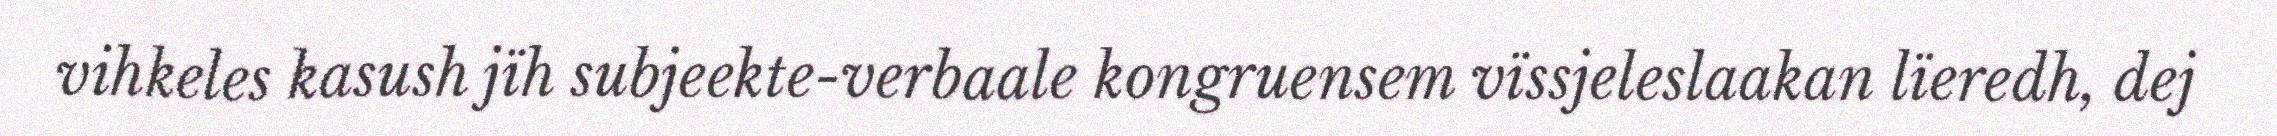
vihkeles kasush jïh subjeekte-verbaale kongruensem vïssjeleslaakan lïeredh, dej